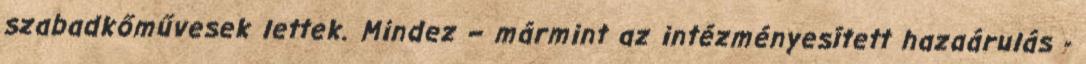
szabadkőművesek lettek. Mindez – mármint az intézményesített haza­áru­lás -